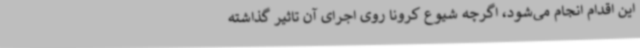
این اقدام انجام می‌شود، اگرچه شیوع کرونا روی اجرای آن تاثیر گذاشته